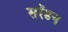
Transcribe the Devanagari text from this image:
सरेंडन